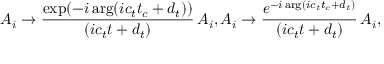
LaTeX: A _ { i } \rightarrow { \frac { \exp ( - i \arg ( i c _ { t } t _ { c } + d _ { t } ) ) } { ( i c _ { t } t + d _ { t } ) } } \, A _ { i } , A _ { i } \rightarrow { \frac { e ^ { - i \arg ( i c _ { t } t _ { c } + d _ { t } ) } } { ( i c _ { t } t + d _ { t } ) } } \, A _ { i } ,